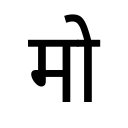
OCR:
मो